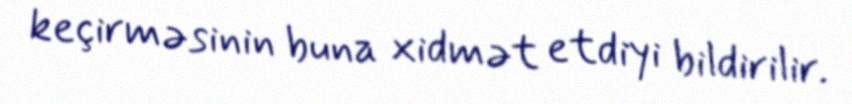
keçirməsinin buna xidmət etdiyi bildirilir.